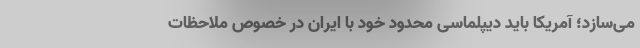
می‌سازد؛ آمریکا باید دیپلماسی محدود خود با ایران در خصوص ملاحظات